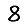
Digit: 8